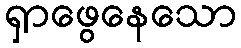
ရှာဖွေနေသော